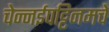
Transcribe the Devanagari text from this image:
चेन्नईपट्टिनमचे